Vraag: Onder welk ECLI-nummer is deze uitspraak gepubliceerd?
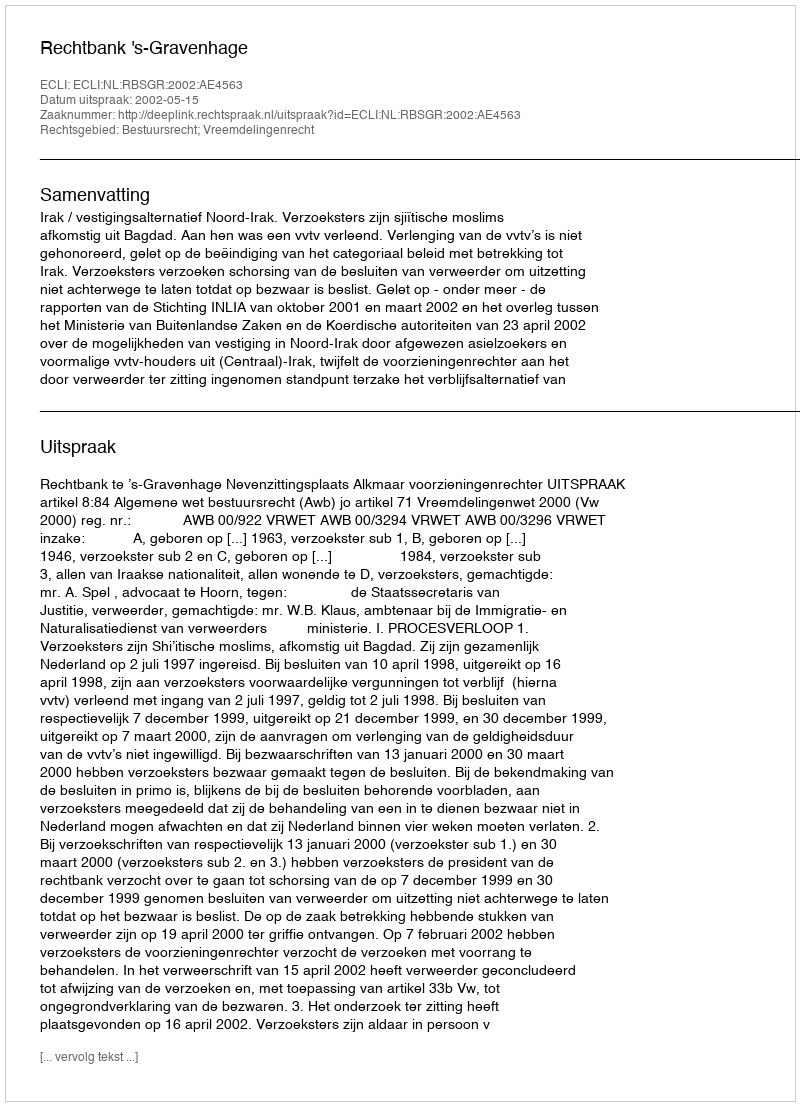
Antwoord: ECLI:NL:RBSGR:2002:AE4563